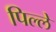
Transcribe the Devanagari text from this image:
पिल्‍ले